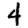
Digit: 4